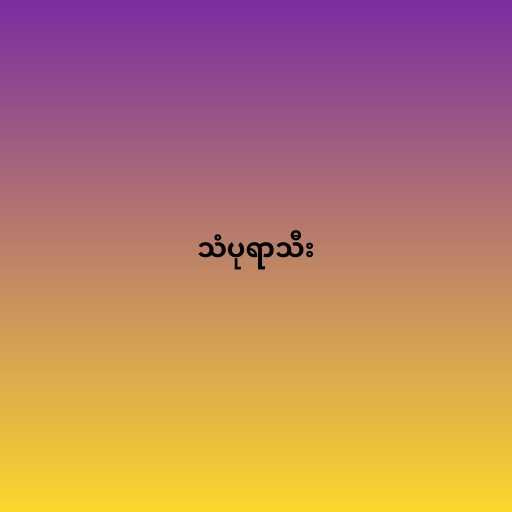
သံပုရာသီး